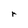
Character: r